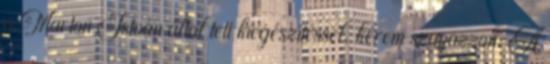
a Marton István által tett kiegészítéssel, kérem szavazzon. A